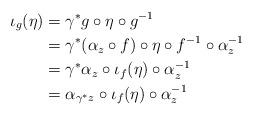
LaTeX: \begin{align*}\iota_g(\eta) &= \gamma^\ast g \circ \eta \circ g^{-1} \\&= \gamma^\ast (\alpha_z \circ f) \circ \eta \circ f^{-1} \circ \alpha_z^{-1} \\&= \gamma^\ast \alpha_z \circ \iota_f(\eta) \circ \alpha_z^{-1} \\&= \alpha_{\gamma^\ast z} \circ \iota_f(\eta) \circ \alpha_z^{-1}\end{align*}